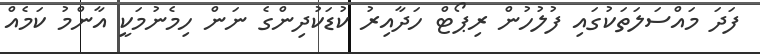
ފަދަ މައްސަލަތަކުގައި ފުލުހުން ރިޕޯޓް ހަދާއިރު ކުޑަކުދިންގެ ނަން ހިމެނުމަކީ އާންމު ކަމެއް